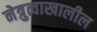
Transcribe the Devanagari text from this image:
नेत्रुत्वाखालील